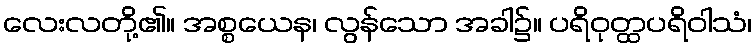
လေးလတို့၏။ အစ္စယေန၊ လွန်သော အခါ၌။ ပရိဝုတ္ထပရိဝါသံ၊